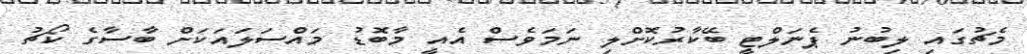
މެޗުގައި ލިބުނު ޕެނަލްޓީ ބޭކާރުކޮށްލި ނަމަވެސް އެއީ މާބޮޑު މައްސަލައަކަށް ބާސާގެ ކޯޗު